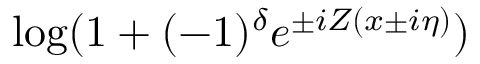
\log ( 1 + ( - 1 ) ^ { \delta } e ^ { \pm i Z ( x \pm i \eta ) } )